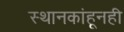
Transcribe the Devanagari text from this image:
स्थानकांहूनही